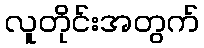
လူတိုင်းအတွက်